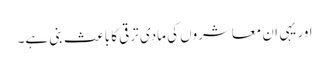
اور یہی ان معاشروں کی مادی ترقی کا باعث بنی ہے۔